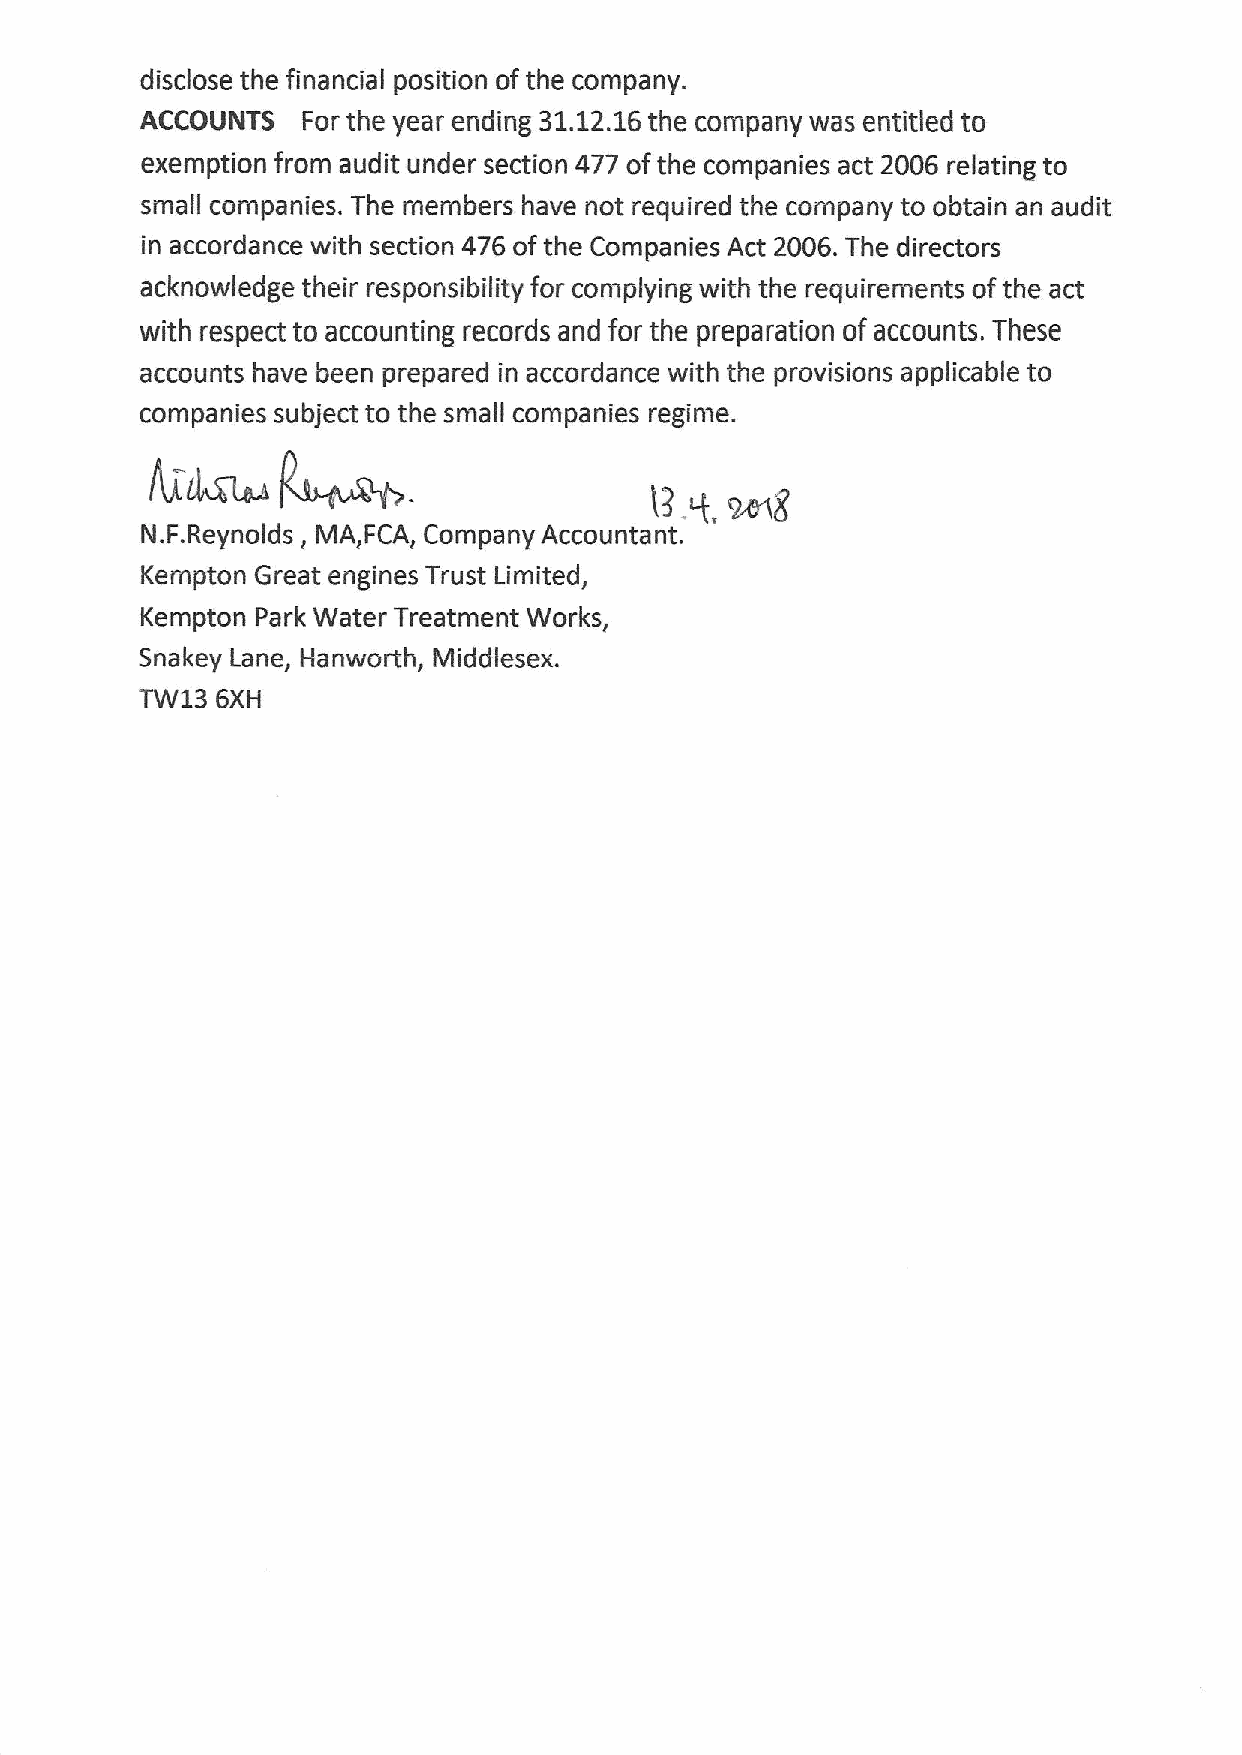
disclose the financial position of the company.
 ACCOUNTS   For the year ending 31.12.16the company was entitled to
 exemption from audit under section 477 ofthe companies act 2006 relating to
 small companies. The members have not required the company to obtain an audit
 in accordance with section 476 ofthe Companies Act 2006.The directors
 acknowledge their responsibility for complying with the requirements ofthe act
 with respect to accounting records and for the preparation of accounts. These
 ~.
 accounts have been prepared in accordance with the provisions applicable to
 companies subject to the small companies regime.
 4ll44s
 l3.  mg
 q,
 N.F.Reynolds, MA,FCA, Company Accountant.
 Kempton Great engines Trust Limited,
 Kempton Park Water Treatment Works,
 Snakey Lane, Hanworth, Middlesex.
 TW13 6XH